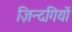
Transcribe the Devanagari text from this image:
ज़िन्दगियों